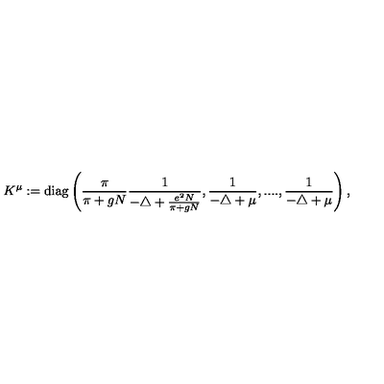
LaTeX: K ^ { \mu } : = \mathrm { d i a g } \left( \frac { \pi } { \pi + g N } \frac { 1 } { - \triangle + \frac { e ^ { 2 } N } { \pi + g N } } , \frac { 1 } { - \triangle + \mu } , . . . . , \frac { 1 } { - \triangle + \mu } \right) ,